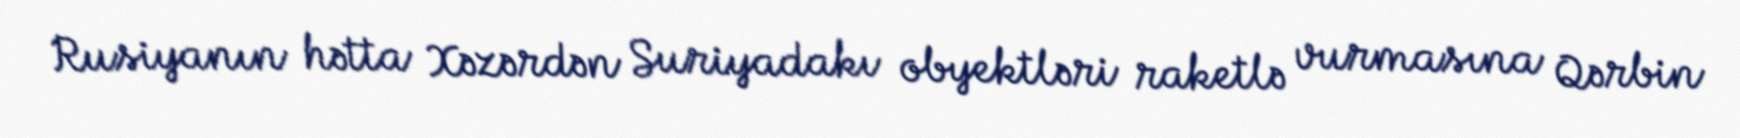
Rusiyanın hətta Xəzərdən Suriyadakı obyektləri raketlə vurmasına Qərbin